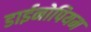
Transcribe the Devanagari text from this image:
डाईनोपियम